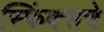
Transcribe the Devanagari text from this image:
स्फिंक्सचे